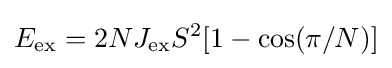
E_{\rm {ex}}=2NJ_{\rm {ex}}S^{2}[1-\cos(\pi /N)]